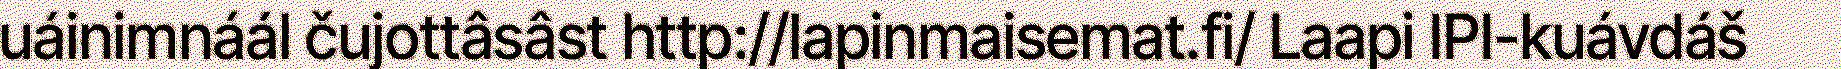
uáinimnáál čujottâsâst http://lapinmaisemat.fi/ Laapi IPI-kuávdáš